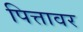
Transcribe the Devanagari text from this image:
पित्तावर